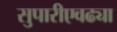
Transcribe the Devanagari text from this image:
सुपारीएवढ्या